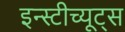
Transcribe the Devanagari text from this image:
इन्स्टीच्यूट्स